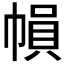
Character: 𢄙